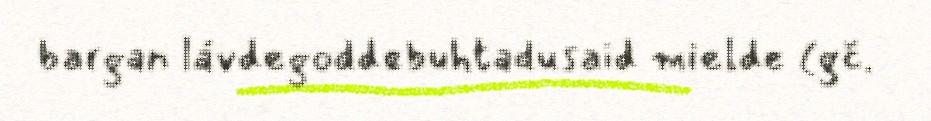
bargan lávdegoddebuhtadusaid mielde (gč.